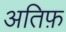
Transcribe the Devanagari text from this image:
अतिफ़